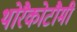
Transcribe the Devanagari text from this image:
थोरैकोटौमी